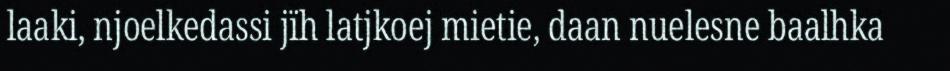
laaki, njoelkedassi jïh latjkoej mietie, daan nuelesne baalhka